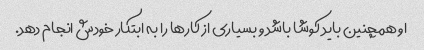
او همچنین باید کوشا باشد و بسیاری از کارها را به ابتکار خودش انجام دهد.